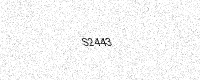
Text: S2443